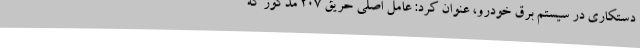
دستکاری در سیستم برق خودرو، عنوان کرد: عامل اصلی حریق ۲۰۷ مذکور که